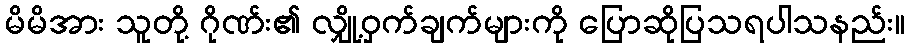
မိမိအား သူတို့ ဂိုဏ်း၏ လျှို့ဝှက်ချက်များကို ပြောဆိုပြသရပါသနည်း။